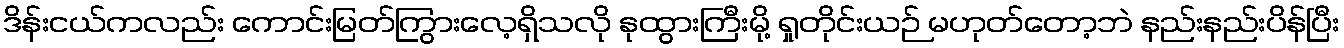
ဒိန်းငယ်ကလည်း ကောင်းမြတ်ကြွားလေ့ရှိသလို နုထွားကြီးမို့ ရှုတိုင်းယဉ် မဟုတ်တော့ဘဲ နည်းနည်းပိန်ပြီး